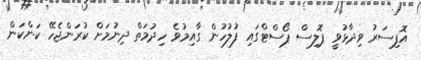
އޮފިސަރު ވިދާޅުވީ ޕޮލިސް ޕޯސްޓްގައި ފުލުހުން ގާއިމުވެ ހިދުމަތް ދިނުމަށް ކުރަންޖެހޭ ކަންކަން